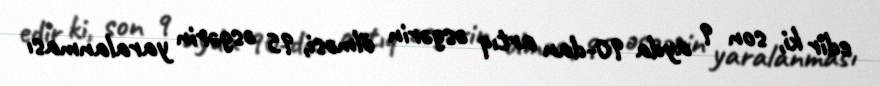
edir ki, son 9 ayda 90-dan artıq əsgərin ölməsi, 95 əsgərin yaralanması